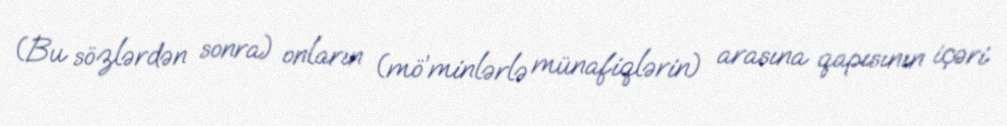
(Bu sözlərdən sonra) onların (mö’minlərlə münafiqlərin) arasına qapısının içəri